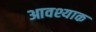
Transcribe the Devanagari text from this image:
आवश्याक